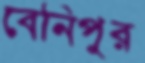
বেনিপুর